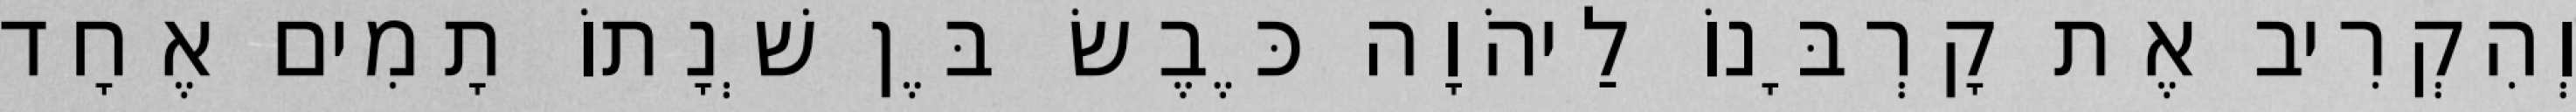
וְהִקְרִיב אֶת קָרְבָּנוֹ לַיהֹוָה כֶּבֶשׂ בֶּן שְׁנָתוֹ תָמִים אֶחָד